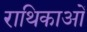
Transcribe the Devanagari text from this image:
राथिकाओं